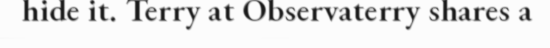
hide it. Terry at Observaterry shares a